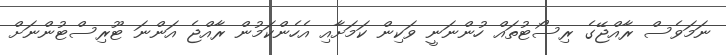
ނަމަވެސް ރާއްޖޭގެ ރިސޯޓުތައް ހުންނަނީ ވަކިން ކަމަށާއި އެހެންކަމުން ރާއްޖެ އަންނަ ޓޫރިސްޓުންނަށް